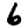
Digit: 6